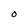
Character: O